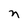
Character: n